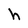
Character: h